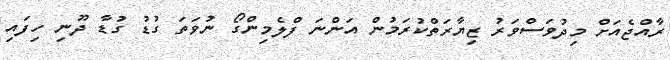
ރާއްޖެއަށް މިދުވަސްވަރު ޒިޔާރަތްކުރަމުން އަންނަ ފްލެމިންގޯ ނުވަތަ ގުޑު ގުޑާ ދޫނި ހިފައި